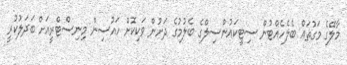
މާލޭގެ މަގުތައް ބެލެހެއްޓުން ސިޓީކައުންސިލްގެ ބެލުމުގެ ދަށުން ވަކިކޮށް ހައުސިން މިނިސްޓްރީއަށް ބަދަލުކުރީ